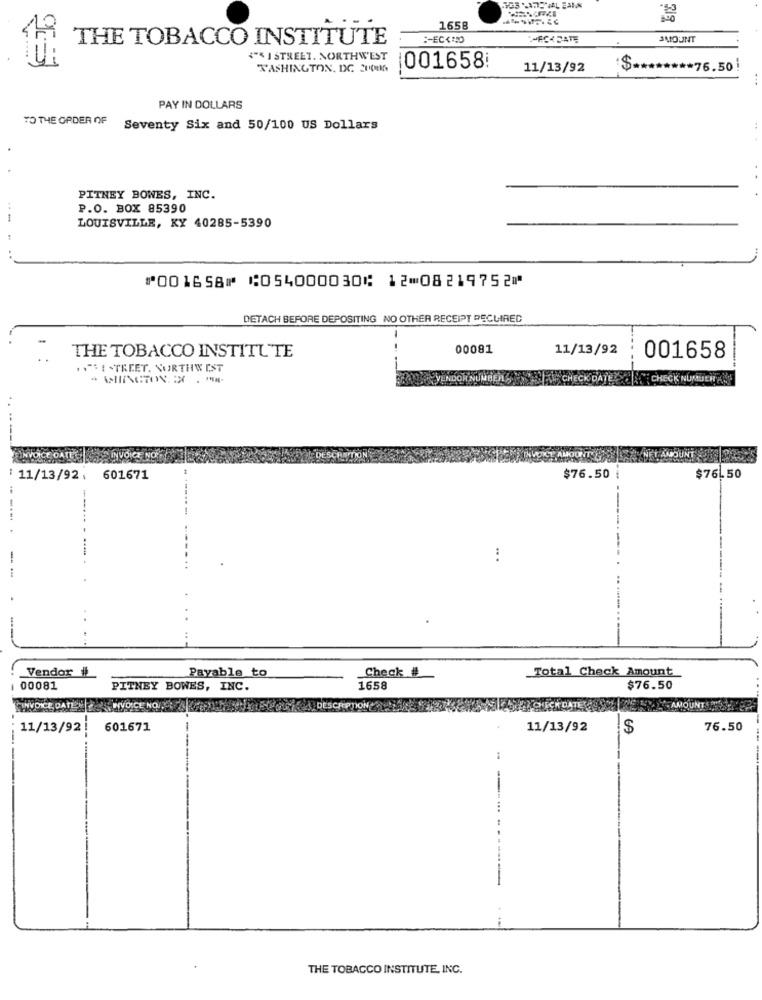
1658
THE TOBACCO INSTITUTE
SMOUNT
("* ] STREET. NORTHWEST
WASHINGTON, DC EUOM
1001658:
11/13/92
$ ******** 76.50 !
PAY IN DOLLARS
TO THE ORDER OF
Seventy Six and 50/100 US Dollars
PITNEY BOWES, INC.
P.O. BOX 85390
LOUISVILLE, KY 40285-5390
..
⑈001658⑈ ⑆054000030⑆ 12⑉08219752⑈
DETACH BEFORE DEPOSITING NO OTHER RECEIPT RECLIREC
-
THE TOBACCO INSTITUTE
00081
11/13/92
001658
."SE STREET. NORTHW IST
11/13/92.
601671
$76.50
$76.50
-
:
Payable to
Check #
Vendor #
Total Check Amount
00081
PITNEY BOWES, INC.
1658
$76.50
CRPTIONON
11/13/92
601671
11/13/92
!$
76.50
THE TOBACCO INSTITUTE, INC.